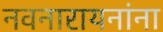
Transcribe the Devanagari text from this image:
नवनारायनांना